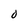
Character: O